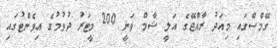
ގޭމްސްގައި މިއަދު ރާއްޖޭގެ އަލީ ޝާމް ވަނީ 200 މީޓަރު ދުވުމުގެ އިވެންޓުގައި